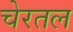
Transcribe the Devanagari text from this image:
चेरतल